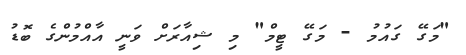
"މަގޭ ގައުމު - މަގޭ ޓީމް" މި ޝިއާރަށް ވަނީ އާއްމުންގެ ބޮޑު